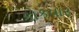
કોકવાર